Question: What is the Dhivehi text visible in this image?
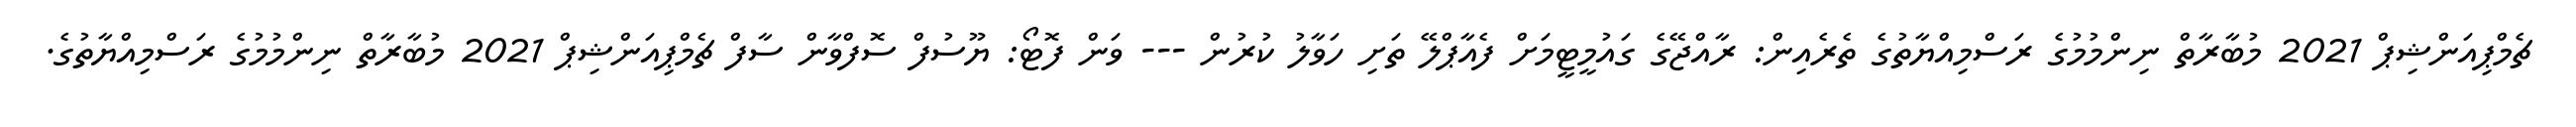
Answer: ޗެމްޕިއަންޝިޕް 2021 މުބާރާތް ނިންމުމުގެ ރަސްމިއްޔާތުގެ ތެރެއިން: ރާއްޖޭގެ ގައުމީޓީމަށް ފެއާޕްލޭ ތަށި ހަވާލު ކުރުން --- ވަން ފޮޓޯ: ޔޫސުފް ސޮފްވާން ސާފް ޗެމްޕިއަންޝިޕް 2021 މުބާރާތް ނިންމުމުގެ ރަސްމިއްޔާތުގެ.